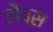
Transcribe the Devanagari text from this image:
रौयस